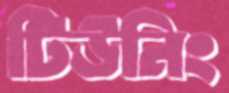
টিউনিং